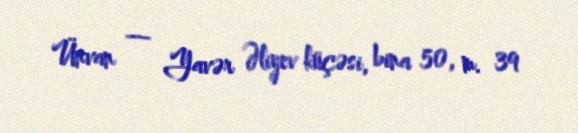
Ünvan — Yavər Əliyev küçəsi, bina 50, m. 39